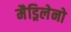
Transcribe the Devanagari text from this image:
मैड्रिलेनो